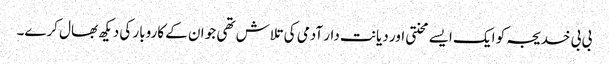
بی بی خدیجہ کو ایک ایسے محنتی اور دیانت دار آدمی کی تلاش تھی جو ان کے کاروبار کی دیکھ بھال کرے۔